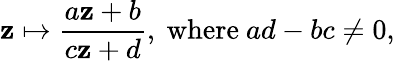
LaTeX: \mathbf{z}\mapsto{\frac{{a\mathbf{z}+b}}{{c\mathbf{z}+d}}},{\mathrm{{~where~}}}ad-bc\neq0,